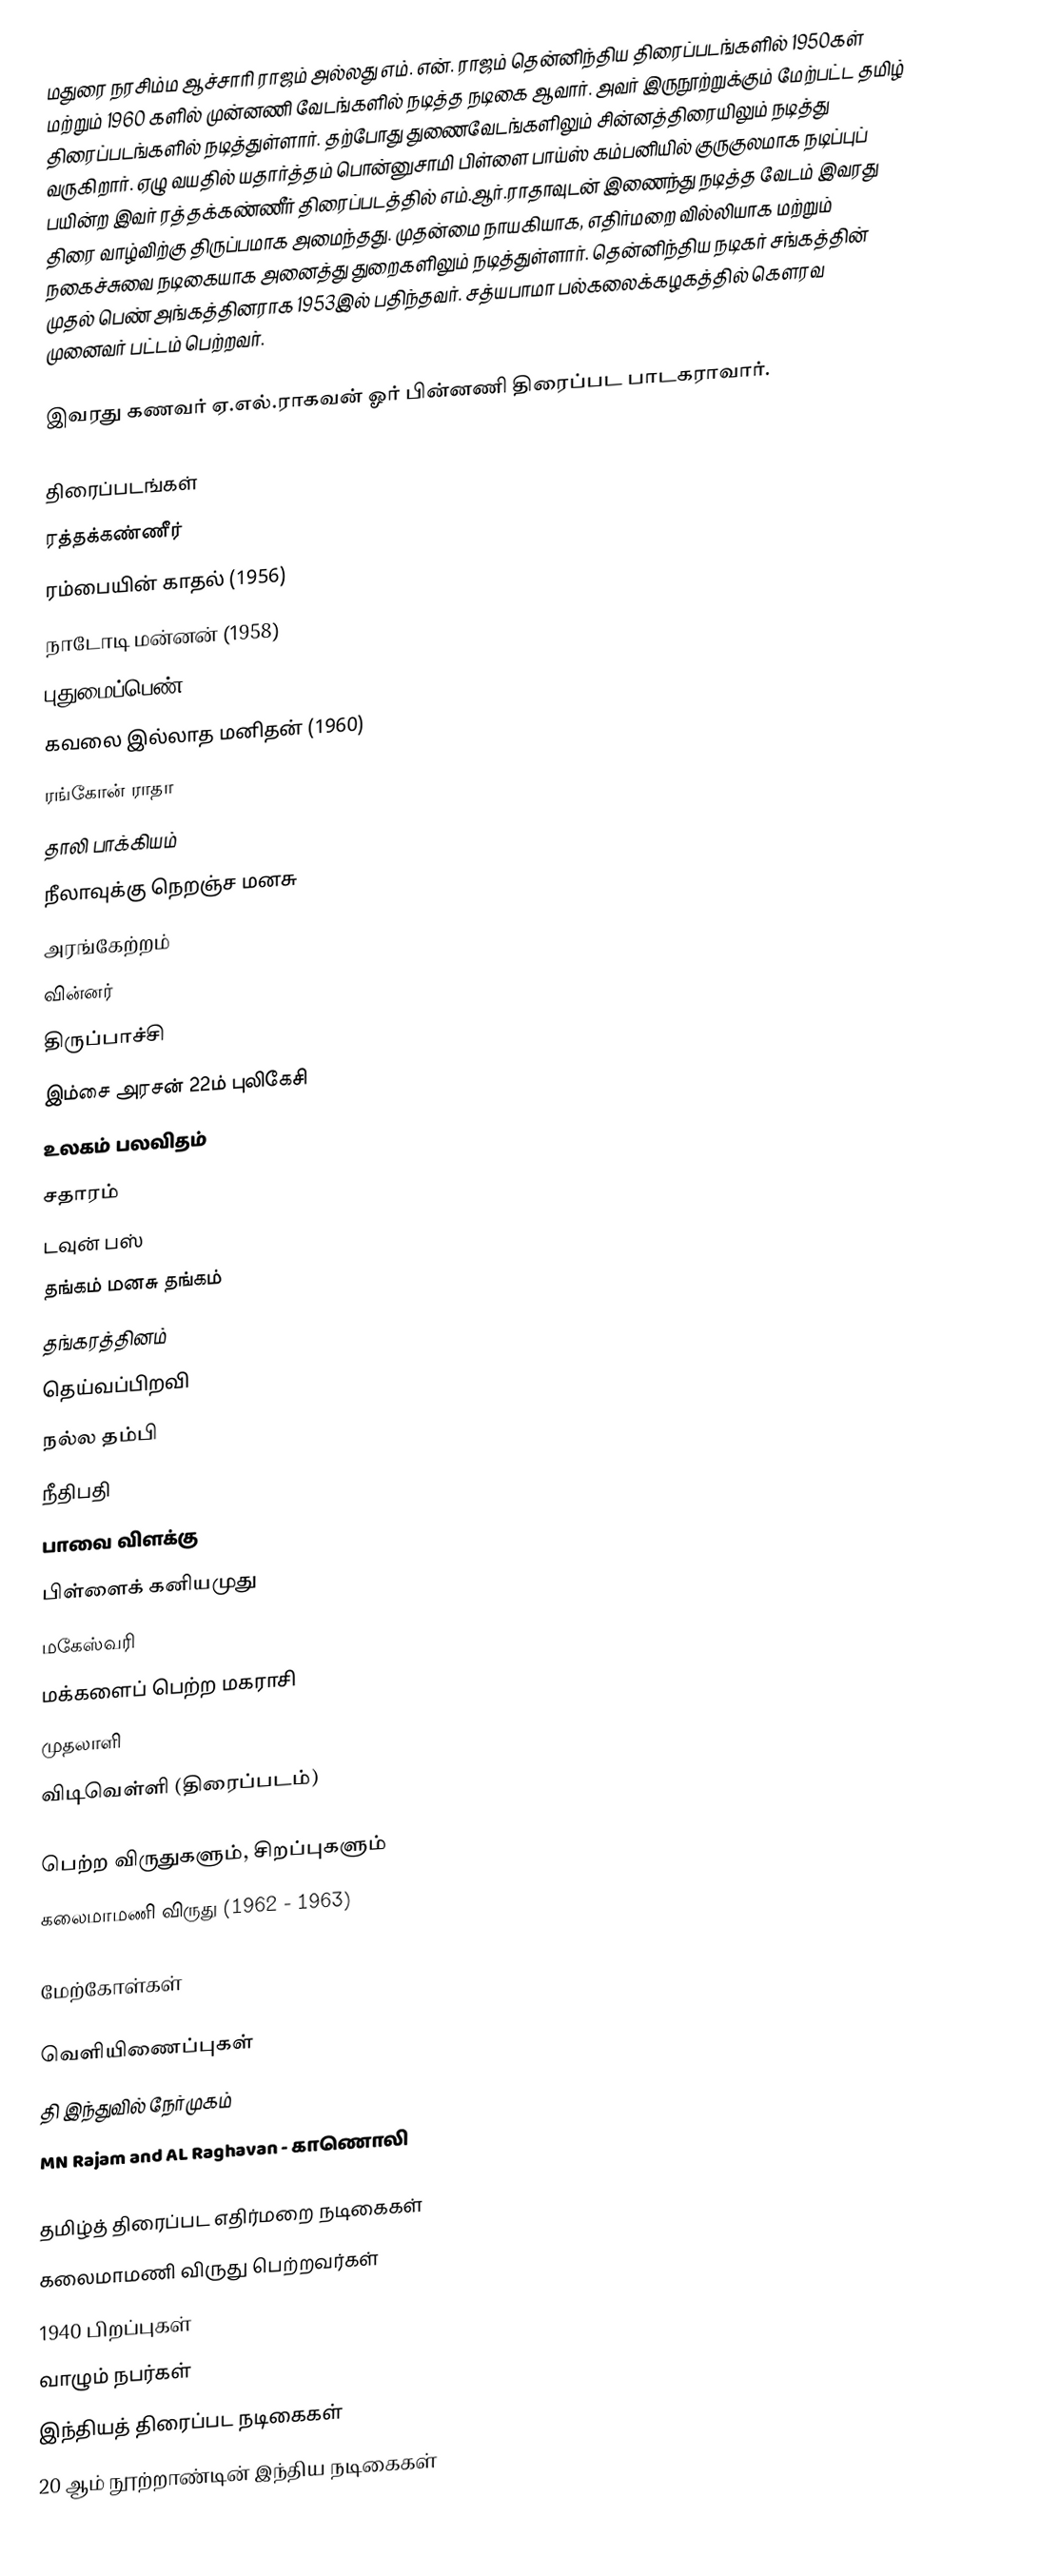
மதுரை நரசிம்ம ஆச்சாரி ராஜம் அல்லது எம். என். ராஜம் தென்னிந்திய திரைப்படங்களில் 1950கள் மற்றும் 1960 களில் முன்னணி வேடங்களில் நடித்த நடிகை ஆவார். அவர் இருநூற்றுக்கும் மேற்பட்ட தமிழ் திரைப்படங்களில் நடித்துள்ளார். தற்போது துணைவேடங்களிலும் சின்னத்திரையிலும் நடித்து வருகிறார். ஏழு வயதில் யதார்த்தம் பொன்னுசாமி பிள்ளை பாய்ஸ் கம்பனியில் குருகுலமாக நடிப்புப் பயின்ற இவர் ரத்தக்கண்ணீர் திரைப்படத்தில் எம்.ஆர்.ராதாவுடன் இணைந்து நடித்த வேடம் இவரது திரை வாழ்விற்கு திருப்பமாக அமைந்தது. முதன்மை நாயகியாக, எதிர்மறை வில்லியாக மற்றும் நகைச்சுவை நடிகையாக அனைத்து துறைகளிலும் நடித்துள்ளார். தென்னிந்திய நடிகர் சங்கத்தின் முதல் பெண் அங்கத்தினராக 1953இல் பதிந்தவர். சத்யபாமா பல்கலைக்கழகத்தில் கௌரவ முனைவர் பட்டம் பெற்றவர்.

இவரது கணவர் ஏ.எல்.ராகவன் ஓர் பின்னணி திரைப்பட பாடகராவார்.

திரைப்படங்கள்
ரத்தக்கண்ணீர்
ரம்பையின் காதல் (1956)
நாடோடி மன்னன் (1958)
புதுமைப்பெண் (1959)
கவலை இல்லாத மனிதன் (1960)
ரங்கோன் ராதா
தாலி பாக்கியம்
நீலாவுக்கு நெறஞ்ச மனசு
அரங்கேற்றம்
வின்னர்
திருப்பாச்சி
இம்சை அரசன் 22ம் புலிகேசி
உலகம் பலவிதம்
சதாரம்
டவுன் பஸ்
தங்கம் மனசு தங்கம்
தங்கரத்தினம்
தெய்வப்பிறவி
நல்ல தம்பி
நீதிபதி
பாவை விளக்கு
பிள்ளைக் கனியமுது
மகேஸ்வரி
மக்களைப் பெற்ற மகராசி
முதலாளி
விடிவெள்ளி (திரைப்படம்)

பெற்ற விருதுகளும், சிறப்புகளும்
 கலைமாமணி விருது (1962 - 1963)

மேற்கோள்கள்

வெளியிணைப்புகள்
தி இந்துவில் நேர்முகம்
   MN Rajam and AL Raghavan - காணொலி

தமிழ்த் திரைப்பட எதிர்மறை நடிகைகள்
கலைமாமணி விருது பெற்றவர்கள்
1940 பிறப்புகள்
வாழும் நபர்கள்
இந்தியத் திரைப்பட நடிகைகள்
20 ஆம் நூற்றாண்டின் இந்திய நடிகைகள்